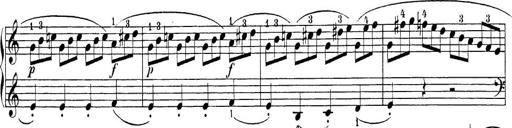
Title: Sonatina Album
Composer: Louis KÃ¶hler